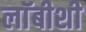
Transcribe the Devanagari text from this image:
लाॅबीशी